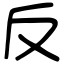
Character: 反